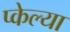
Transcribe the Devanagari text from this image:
प्केल्या